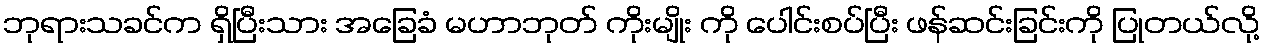
ဘုရားသခင်က ရှိပြီးသား အခြေခံ မဟာဘုတ် ကိုးမျိုး ကို ပေါင်းစပ်ပြီး ဖန်ဆင်းခြင်းကို ပြုတယ်လို့